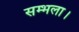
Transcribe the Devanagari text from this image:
सम्भला।